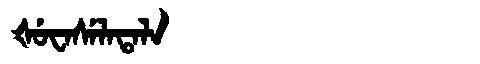
Manchu: ᡧᡠᠸᠠᠰᡝᠯᠠᡨᠠᠯᠠ
Romanization: ŠUWASELATALA